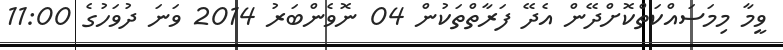
ވީމާ މިމަސައްކަތްކޮށްދޭން އެދޭ ފަރާތްތަކުން 04 ނޮވެންބަރު 2014 ވަނަ ދުވަހުގެ 11:00